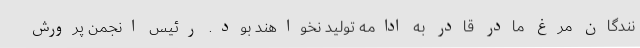
نندگان مرغ مادر قادر به ادامه تولید نخواهند بود. رئیس انجمن پرورش